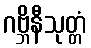
ဂဗ္ဘိနီသုတ္တံ